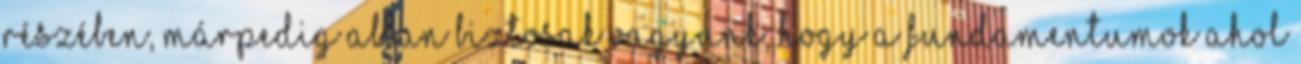
részében, márpedig abban biztosak vagyunk, hogy a fundamentumok ahol